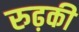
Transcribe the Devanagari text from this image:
रुढ़की